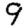
Digit: 9